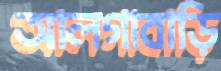
আলগাবাড়ি